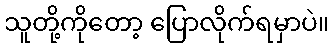
သူတို့ကိုတော့ ပြောလိုက်ရမှာပဲ။